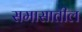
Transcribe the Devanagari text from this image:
समासातील